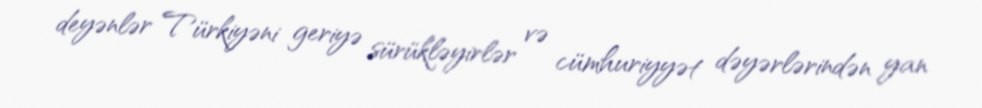
deyənlər Türkiyəni geriyə sürükləyirlər və cümhuriyyət dəyərlərindən yan